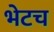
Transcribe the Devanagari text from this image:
भेटच